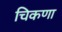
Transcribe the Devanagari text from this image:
चिकणा